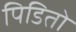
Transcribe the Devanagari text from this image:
पिडितो